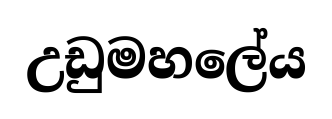
උඩුමහලේය